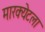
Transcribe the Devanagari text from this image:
मारक्येटला